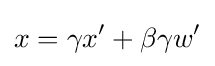
x=\gamma x'+\beta \gamma w'